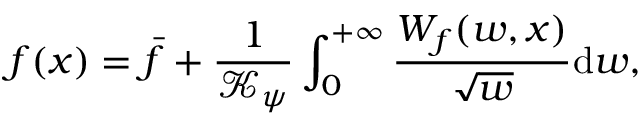
f ( x ) = \bar { f } + \frac { 1 } { \mathcal { K } _ { \psi } } \int _ { 0 } ^ { + \infty } \frac { W _ { f } ( w , x ) } { \sqrt { w } } \mathrm { d } w ,